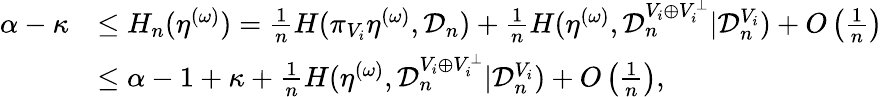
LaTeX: \begin{array}{rl}{\alpha-\kappa}&{\leq H_{n}(\eta^{(\omega)})=\frac{1}{n}H(\pi_{V_{i}}\eta^{(\omega)},{\mathcal D}_{n})+\frac{1}{n}H(\eta^{(\omega)},{\mathcal D}_{n}^{V_{i}\oplus V_{i}^{\perp}}|{\mathcal D}_{n}^{V_{i}})+O\left(\frac{1}{n}\right)}\\ &{\leq\alpha-1+\kappa+\frac{1}{n}H(\eta^{(\omega)},{\mathcal D}_{n}^{V_{i}\oplus V_{i}^{\perp}}|{\mathcal D}_{n}^{V_{i}})+O\left(\frac{1}{n}\right),}\end{array}